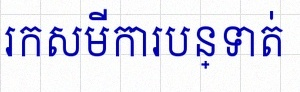
រកសមីការបន្ទាត់